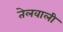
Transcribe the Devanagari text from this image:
तेलवाली